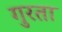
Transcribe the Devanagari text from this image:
गुरता